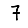
Digit: 7